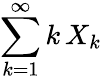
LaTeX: \sum_{k=1}^{\infty}k\, X_{k}